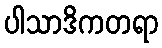
ပါသာဒိကတရာ